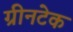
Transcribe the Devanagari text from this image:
ग्रीनटेक